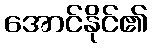
အောင်နိုင်၏